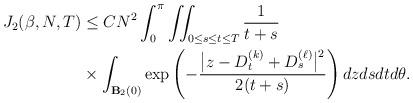
LaTeX: \begin{align*}\begin{aligned} J_2(\beta,N,T) & \leq C N^2\int_{0}^{\pi}\iint_{0\le s\le t\le T}\frac{1}{t+s}\\& \times \int_{\mathbf{B}_2(0)} \exp\left(-\frac{\big|z-D_t^{(k)}+D_s^{(\ell)}\big|^2}{2(t+s)}\right) dz dsdt d\theta. \end{aligned}\end{align*}